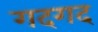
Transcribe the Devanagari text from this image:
गदगद